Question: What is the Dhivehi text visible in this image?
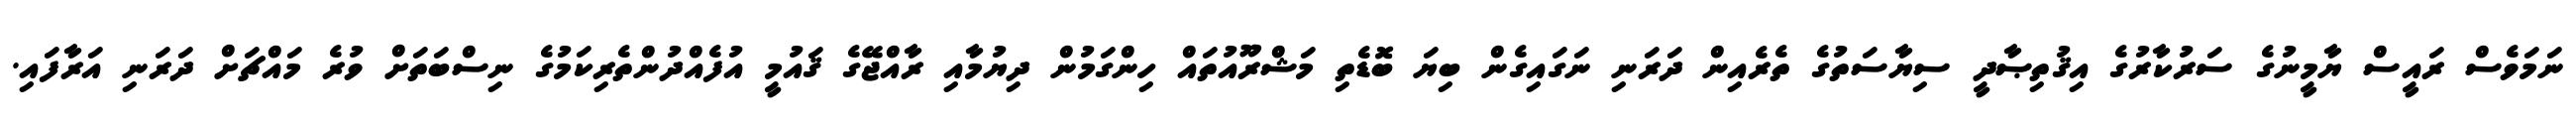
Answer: ނަމަވެސް ރައީސް ޔާމީނުގެ ސަރުކާރުގެ އިޤުތިޞާދީ ސިޔާސަތުގެ ތެރެއިން ދަރަނި ނަގައިގެން ބިޔަ ބޮޑެތި މަޝްރޫއުތައް ހިންގަމުން ދިޔުމާއި ރާއްޖޭގެ ޤައުމީ އުފެއްދުންތެރިކަމުގެ ނިސްބަތަށް ވުރެ މައްޗަށް ދަރަނި އަރާފައި.